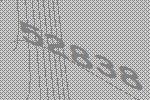
52838